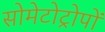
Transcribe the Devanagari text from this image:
सोमेटोट्रोपों